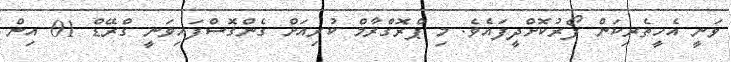
ވަނީ އެހީތެރިކަން ފޯރުކޮށްދީފައެވެ. މި ޕްރޮގްރާމް ކުރިއަށް ގެންގޮސްފައިވަނީ ގްރޭޑް 01 އިން